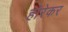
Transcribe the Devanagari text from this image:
होरेकर